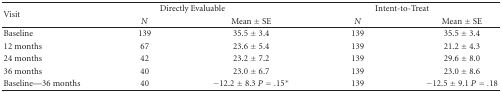
<table><thead><tr><td rowspan="2"><b>Visit</b></td><td colspan="2"><b>Directly Evaluable</b></td><td colspan="2"><b>Intent-to-Treat</b></td></tr><tr><td><b><i>N</i></b></td><td><b>Mean ± SE</b></td><td><b><i>N</i></b></td><td><b>Mean ± SE</b></td></tr></thead><tbody><tr><td>Baseline</td><td>139</td><td>35.5 ± 3.4</td><td>139</td><td>35.5 ± 3.4</td></tr><tr><td>12 months</td><td>67</td><td>23.6 ± 5.4</td><td>139</td><td>21.2 ± 4.3</td></tr><tr><td>24 months</td><td>42</td><td>23.2 ± 7.2</td><td>139</td><td>29.6 ± 8.0</td></tr><tr><td>36 months</td><td>40</td><td>23.0 ± 6.7</td><td>139</td><td>23.0 ± 8.6</td></tr><tr><td>Baseline—36 months</td><td>40</td><td>−12.2 ± 8.3 <i>P</i> = .15*</td><td>139</td><td>−12.5 ± 9.1 <i>P</i> = .18</td></tr></tbody></table>